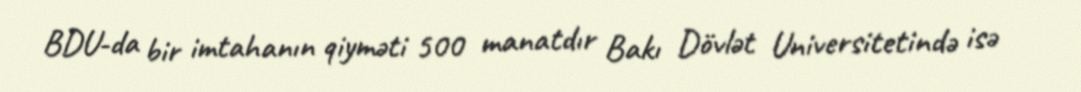
BDU-da bir imtahanın qiyməti 500 manatdır Bakı Dövlət Universitetində isə